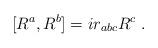
LaTeX: \begin{align*}[ R^a , R^b ] = i r_{abc} R^c \ . \end{align*}